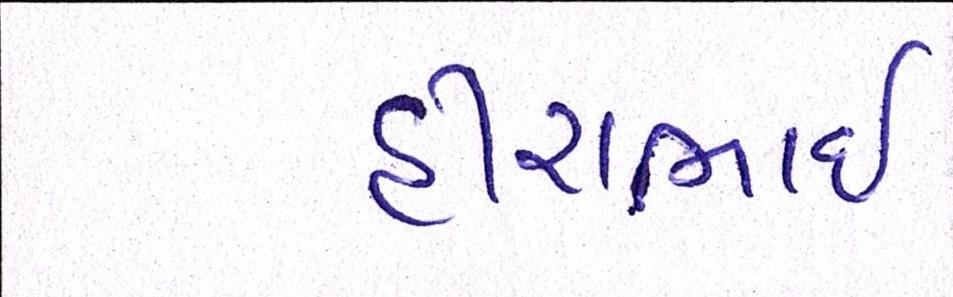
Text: હીરાભાઇ